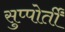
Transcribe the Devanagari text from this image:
सुप्पोर्तीं